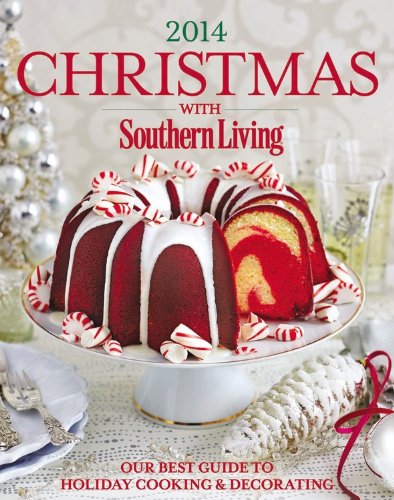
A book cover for Christmas with Southern Living 2014: Our Best Guide to Holiday & Decorating; The Editors of Southern Living Magazine; Cookbooks, Food & Wine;